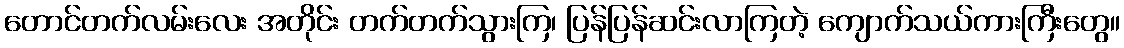
တောင်တက်လမ်းလေး အတိုင်း တက်တက်သွားကြ၊ ပြန်ပြန်ဆင်းလာကြတဲ့ ကျောက်သယ်ကားကြီးတွေ။